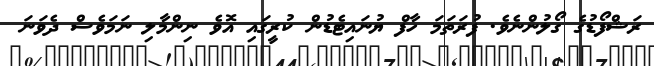
ރަޝްފޯޑުގެ ގޯލުންނެވެ. ފުރަތަމަ ހާފް ޔުނައިޓެޑުން ކުރީގައި އޮވެ ނިންމާލި ނަމަވެސް ދެވަނަ